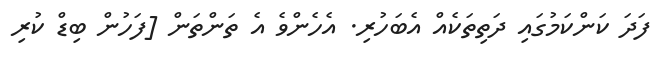
ފަދަ ކަންކަމުގައި ދަތިތަކެއް އެބަހުރި. އެހެންވެ އެ ތަންތަން [ފަހުން ބިޑް ކުރި